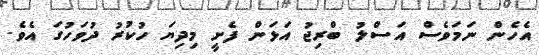
އެހެން ނަމަވެސް އަސްލު ބްރިޖު އަޅަން ފެށީ މިދިޔަ ހުކުރު ދުވަހުގަ އެވެ.